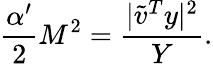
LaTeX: \frac{\alpha^{\prime}}{2}M^{2}=\frac{|{\tilde{v}}^{T}y|^{2}}{Y}.